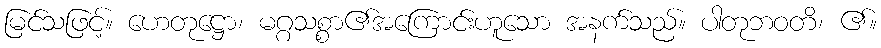
မြင်သဖြင့်။ ဟေတုဋ္ဌော၊ မဂ္ဂသစ္စာ၏အကြောင်းဟူသော အနက်သည်။ ပါတုဘဝတိ၊ ၏။